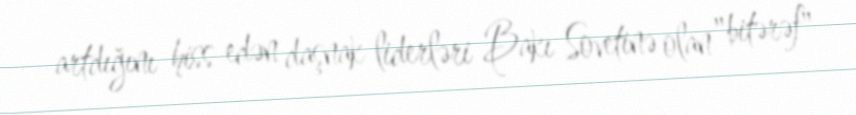
artdığını hiss edən daşnak liderləri Bakı Sovetinə olan "bitərəf"